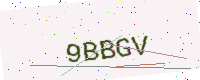
Text: 9BBGV